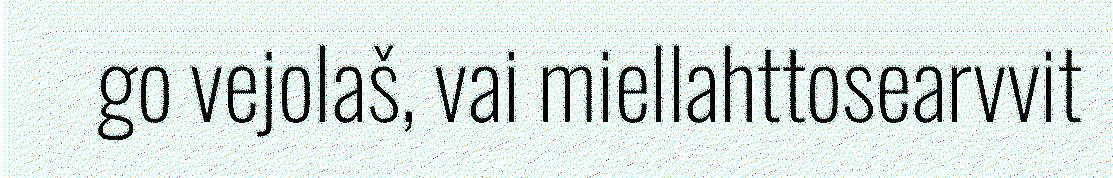
go vejolaš, vai miellahttosearvvit